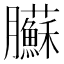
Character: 𦣑